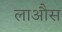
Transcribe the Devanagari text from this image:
लाऔस